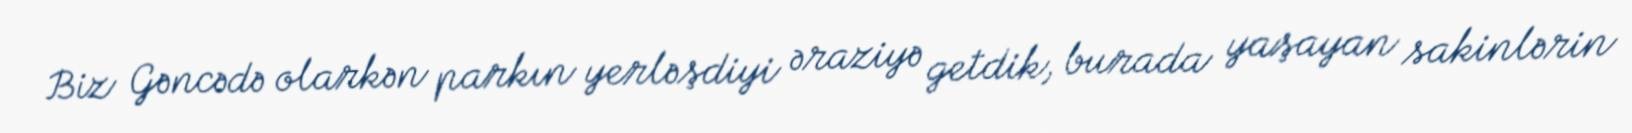
Biz Gəncədə olarkən parkın yerləşdiyi əraziyə getdik, burada yaşayan sakinlərin